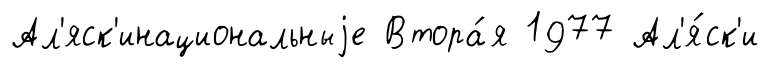
Ал'яск'инациональныjе Втора́я 1977 Ал'я́ск'и